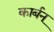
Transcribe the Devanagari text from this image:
कार्बन्